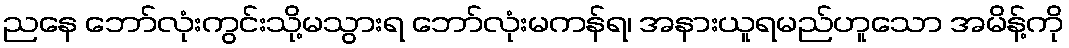
ညနေ ဘော်လုံးကွင်းသို့မသွားရ ဘော်လုံးမကန်ရ၊ အနားယူရမည်ဟူသော အမိန့်ကို